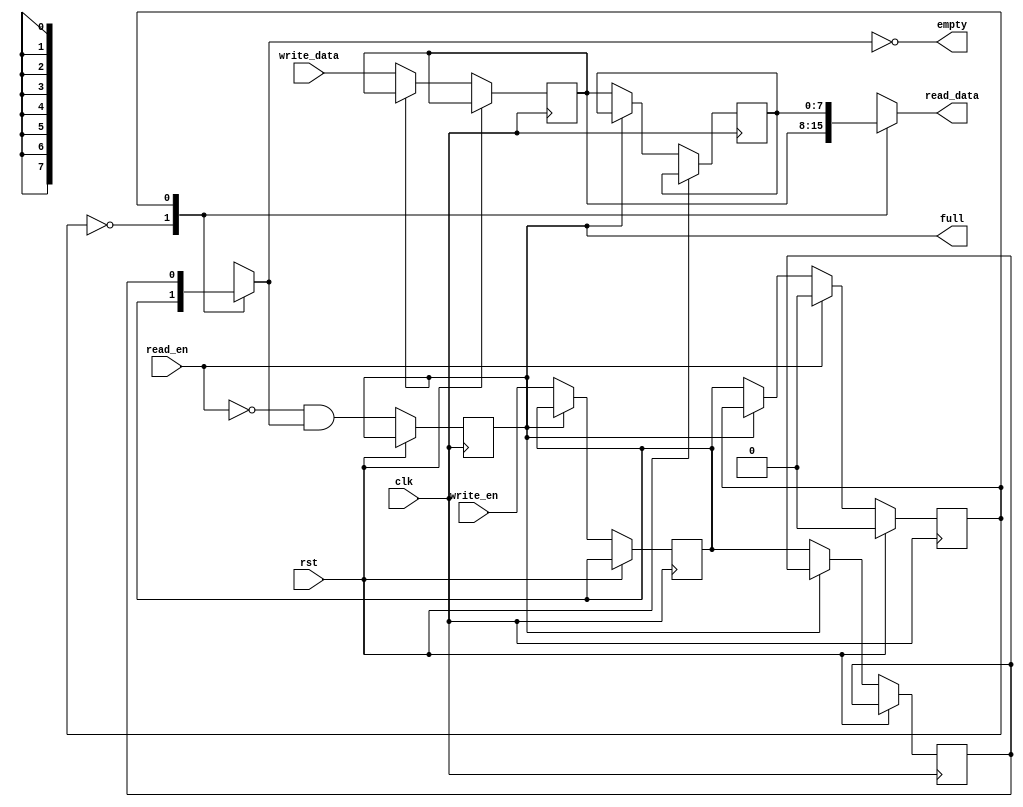
module srl_fifo_reg #
(
    parameter WIDTH = 8
)
(
    input  wire                       clk,
    input  wire                       rst,

    input  wire                       write_en, // input valid
    input  wire [WIDTH-1:0]           write_data,
    input  wire                       read_en, // output ready
    output wire [WIDTH-1:0]           read_data,
    output wire                       full, // input not ready
    output wire                       empty // output not valid
);

reg [WIDTH-1:0] data_reg[1:0];
reg valid_reg[1:0];
reg ptr_reg = 0;
reg full_reg = 0;

assign read_data = data_reg[ptr_reg];
assign full = full_reg;
assign empty = ~valid_reg[ptr_reg];

wire [WIDTH-1:0] data_reg_0 = data_reg[0];
wire [WIDTH-1:0] data_reg_1 = data_reg[1];
wire valid_reg_0 = valid_reg[0];
wire valid_reg_1 = valid_reg[1];

reg shift;

integer i;

initial begin
    for (i = 0; i < 2; i = i + 1) begin
        data_reg[i] <= 0;
        valid_reg[i] <= 0;
    end
end

always @(posedge clk) begin
    if (rst) begin
        ptr_reg <= 0;
    end else begin
        // transfer empty to full
        full_reg <= ~read_en & ~empty;

        // transfer in if not full
        if (~full_reg) begin
            data_reg[0] <= write_data;
            valid_reg[0] <= write_en;
            for (i = 0; i < 1; i = i + 1) begin
                data_reg[i+1] <= data_reg[i];
                valid_reg[i+1] <= valid_reg[i];
            end
            ptr_reg <= valid_reg[0];
        end

        if (read_en) begin
            ptr_reg <= 0;
        end
    end
end

endmodule